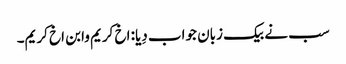
سب نے بیک زبان جواب دِیا: اخ کریم وابن اخ کریم۔